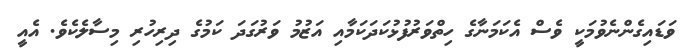
ވަޑައިގެންނެވުމަކީ ވެސް އެކަމަނާގެ ހިތްވަރުފުޅުކަދަކަމާއި އަޒުމު ވަރުގަދަ ކަމުގެ ދިރިހުރި މިސާލެކެވެ. އެއީ